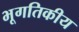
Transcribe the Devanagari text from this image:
भूगतिकीय